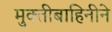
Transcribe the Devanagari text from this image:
मुक्तीबाहिनीने